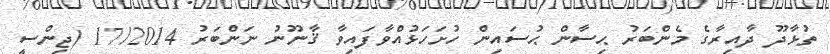
ތުޅާދޫ ދާއިރާގެ މެންބަރު ޙިސާން ޙުސައިން ހުށަހަޅުއްވާފައިވާ ޤާނޫނު ނަންބަރު 17/2014 (ޖިންސީ